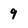
Character: 9